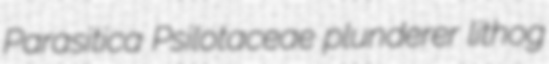
Parasitica Psilotaceae plunderer lithog